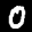
Label: 0